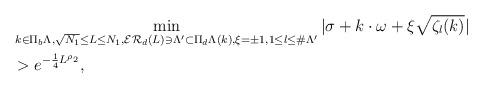
LaTeX: \begin{align*}& \min_{k\in\Pi_b\Lambda,\sqrt{N_1}\leq L\leq N_1, \mathcal{ER}_d(L)\ni \Lambda'\subset \Pi_d\Lambda(k), \xi=\pm1, 1\leq l\leq \#\Lambda'}|\sigma+k\cdot\omega+\xi\sqrt{\zeta_l(k)}|\\&> e^{-\frac 14 L^{\rho_2}},\end{align*}